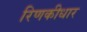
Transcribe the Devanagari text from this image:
रिणकीधार